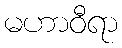
မဟာဝီရာ